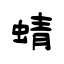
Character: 蜻